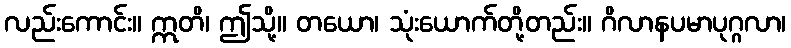
လည်းကောင်း။ ဣတိ၊ ဤသို့။ တယော၊ သုံးယောက်တို့တည်း။ ဂိလာနပမာပုဂ္ဂလာ၊